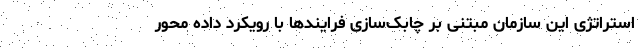
استراتژی این سازمان مبتنی بر چابک‌سازی فرایندها با رویکرد داده محور